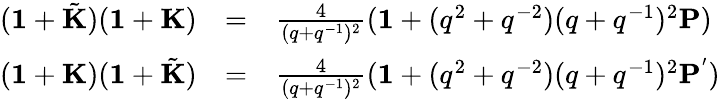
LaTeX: \begin{array}{rcl}{{({\mathbf 1}+\tilde{\mathbf K})({\mathbf 1}+{\mathbf K})}}&{{=}}&{{\frac{4}{(q+q^{-1})^{2}}({\mathbf 1}+(q^{2}+q^{-2})(q+q^{-1})^{2}{\mathbf P})}}\\ {{({\mathbf 1}+{\mathbf K})({\mathbf 1}+\tilde{\mathbf K})}}&{{=}}&{{\frac{4}{(q+q^{-1})^{2}}({\mathbf 1}+(q^{2}+q^{-2})(q+q^{-1})^{2}{\mathbf P}^{'})}}\end{array}